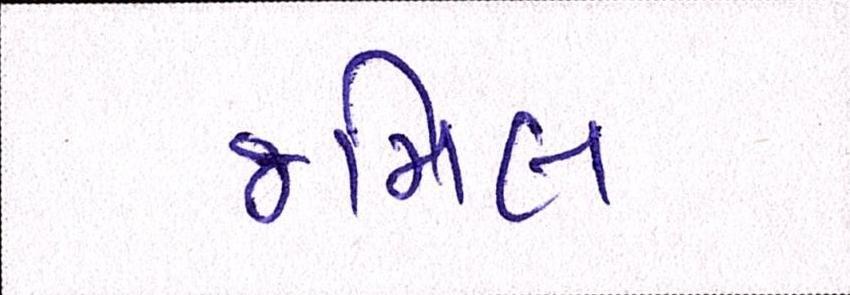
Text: જમિલ